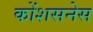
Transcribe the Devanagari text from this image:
कोंशसनेस